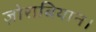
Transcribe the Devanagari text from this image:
ज़ोराबियान।